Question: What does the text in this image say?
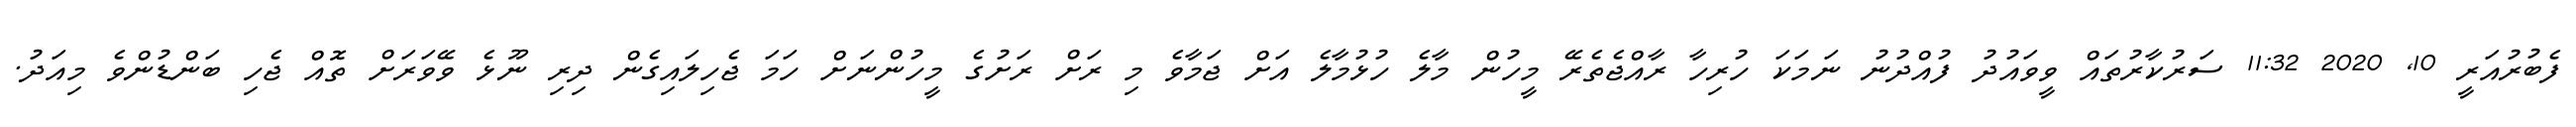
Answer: ފެބުރުއަރީ 10, 2020 11:32 ސަރުކާރުތައް ވީވައުދު ފުއްދުނު ނަމަކަ ހުރިހާ ރާއްޖެތެރޭ މީހުން މާލެ ހުޅުމާލެ އަށް ޖަމާވެ މި ރަށް ރަށުގެ މީހުންނަށް ހަމަ ޖެހިލައިގެން ދިރި ނޫޅެ ވޭވަރަށް ތޮއް ޖެހި ބަންޑުންވެ މިއަދު.